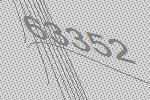
63352